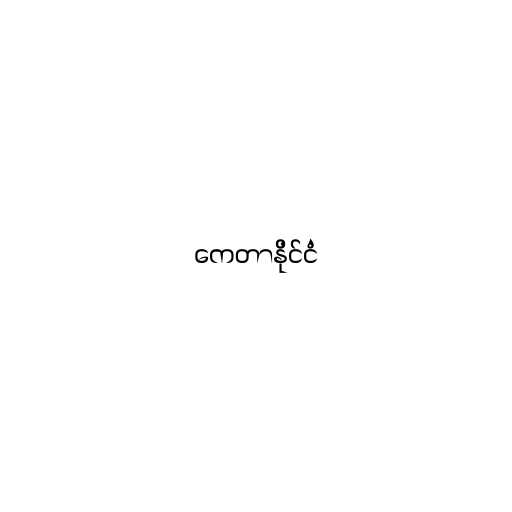
ကေတာနိုင်ငံ